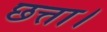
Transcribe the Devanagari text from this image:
छत्ता।